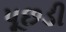
પૂછડી